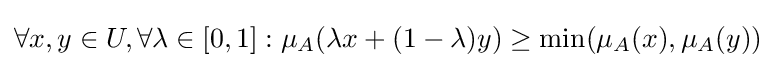
\forall x,y\in U,\forall \lambda \in [0,1]:\mu _{A}(\lambda {x}+(1-\lambda )y)\geq \min(\mu _{A}(x),\mu _{A}(y))